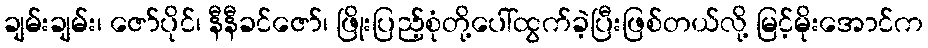
ချမ်းချမ်း၊ ဇော်ပိုင်၊ နီနီခင်ဇော်၊ ဖြိုးပြည့်စုံတို့ပေါ်ထွက်ခဲ့ပြီးဖြစ်တယ်လို့ မြင့်မိုးအောင်က